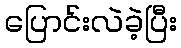
ပြောင်းလဲခဲ့ပြီး